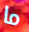
ما